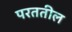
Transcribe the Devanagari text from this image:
परततील